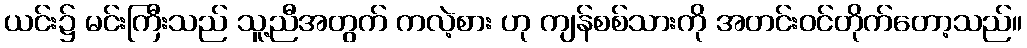
ယင်း၌ မင်းကြီးသည် သူ့ညီအတွက် ကလဲ့စား ဟု ကျန်စစ်သားကို အတင်းဝင်တိုက်တော့သည်။